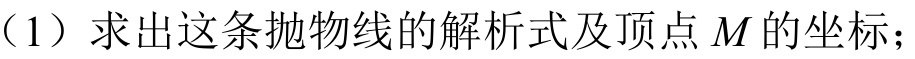
（1）求出这条抛物线的解析式及顶点 \(M\) 的坐标；